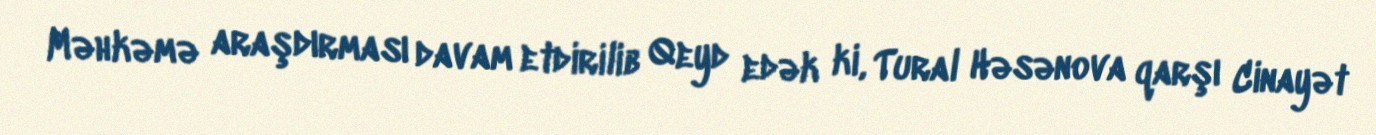
Məhkəmə araşdırması davam etdirilib Qeyd edək ki, Tural Həsənova qarşı Cinayət